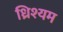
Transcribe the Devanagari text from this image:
ध्रिश्यम